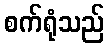
စက်ရုံသည်